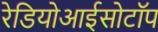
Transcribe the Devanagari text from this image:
रेडियोआईसोटॉप